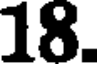
18.